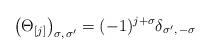
LaTeX: \begin{align*}\left (\Theta_{[j]} \right )_{\sigma , \, \sigma^\prime}= (-1)^{j+\sigma} \delta_{\sigma^\prime ,\, -\sigma}\end{align*}